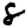
Digit: 8